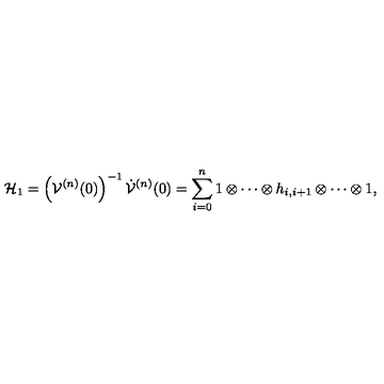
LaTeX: { \cal H } _ { 1 } = \left( { \cal V } ^ { ( n ) } ( 0 ) \right) ^ { - 1 } \dot { \cal V } ^ { ( n ) } ( 0 ) = \sum _ { i = 0 } ^ { n } 1 \otimes \cdots \otimes h _ { i , i + 1 } \otimes \cdots \otimes 1 ,